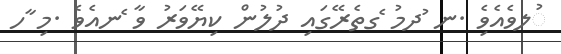
ުލވެއެވެި .ނ ުދމު ެގތެރޭގައި ދުލުން ކިޔޭވަރު ވާ ެނއެވެ .މި ާހ